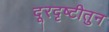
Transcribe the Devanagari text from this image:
दूरदृष्टीतुन